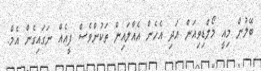
ބޭލުން މިއީ މޯލްޑިވިއަން އަދި އެހެން އެއާލައިން ތަކުންވެސް ފީއެއް ނަގައިގެން އެމް.